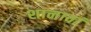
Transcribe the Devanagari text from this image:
शानावां